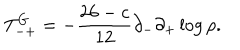
T _ { - + } ^ { G } = - \frac { 2 6 - c } { 1 2 } \partial _ { - } \partial _ { + } \log \rho .